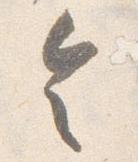
令